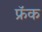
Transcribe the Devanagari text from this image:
फ्रॅक